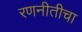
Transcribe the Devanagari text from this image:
रणनीतीचा